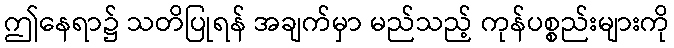
ဤနေရာ၌ သတိပြုရန် အချက်မှာ မည်သည့် ကုန်ပစ္စည်းများကို